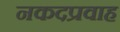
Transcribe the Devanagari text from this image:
नकदप्रवाह